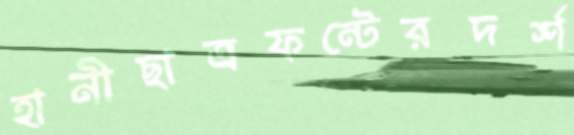
হানীছাত্রফন্টেরদর্শ